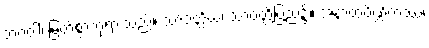
ဘဂဝါ၊ မြတ်စွာဘုရားသည်။ သာဝတ္ထိယံ၊ သာဝတ္တိပြည်၌။ အနာထပိဏ္ဍိကဿ၊